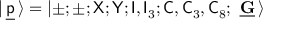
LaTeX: | \ \! \underline { { { \sf p } } } \ \! \rangle = \left| \pm ; \pm ; { \sf X } ; { \sf Y } ; { \sf I } , { \sf I } _ { 3 } ; { \sf C } , { \sf C } _ { 3 } , { \sf C } _ { 8 } ; \ \underline { { { \mathbf G } } } \ \! \right>